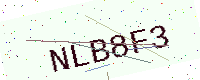
Text: NLB8F3